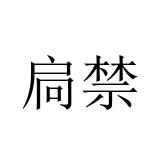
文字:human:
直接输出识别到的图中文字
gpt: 扃禁